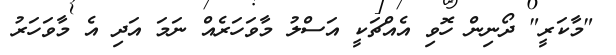
"މާކަރީ" ދޯނިން ހޮވި އެއްޗަކީ އަސްލު މާވަހަރެއް ނަމަ އަދި އެ މާވަހަރު